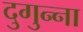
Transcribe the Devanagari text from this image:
दुगुन्ना